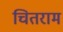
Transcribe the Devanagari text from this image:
चितराम